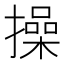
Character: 操